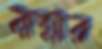
বান্নার